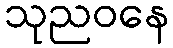
သုညဝနေ